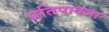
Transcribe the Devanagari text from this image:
प्रतिपादला